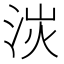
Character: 𣴽